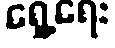
ရှေ့ရေး